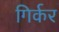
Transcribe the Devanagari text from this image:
गिर्कर